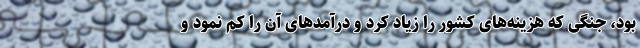
بود، جنگی که هزینه‌های کشور را زیاد کرد و درآمدهای آن را کم نمود و